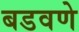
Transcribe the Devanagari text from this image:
बडवणे